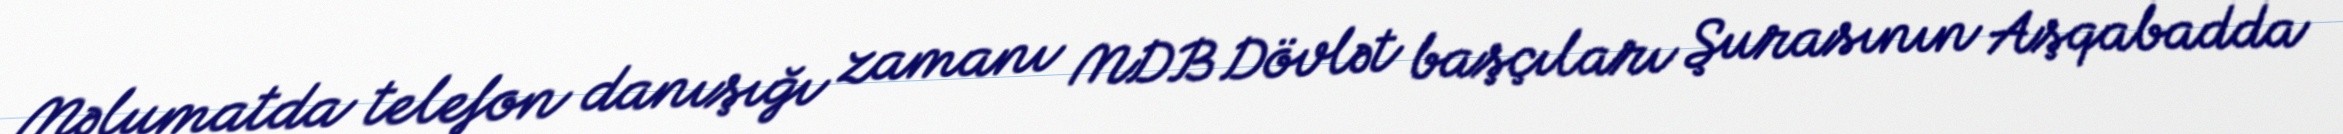
Məlumatda telefon danışığı zamanı MDB Dövlət başçıları Şurasının Aşqabadda